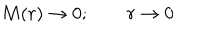
LaTeX: M ( r ) \rightarrow 0 ; \qquad r \rightarrow 0